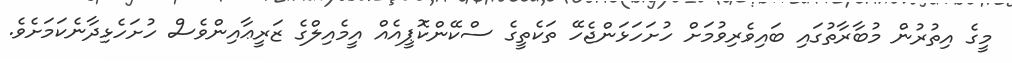
މީގެ އިތުރުން މުބާރާތުގައި ބައިވެރިވުމަށް ހުށަހަޅަންޖެހޭ ތަކެތީގެ ސްކޭންކޮޕީއެއް އީމެއިލްގެ ޒަރީޢާއިންވެސް ހުށަހެޅިދާނެކަމަށެވެ.